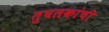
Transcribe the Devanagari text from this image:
तुघलकांची